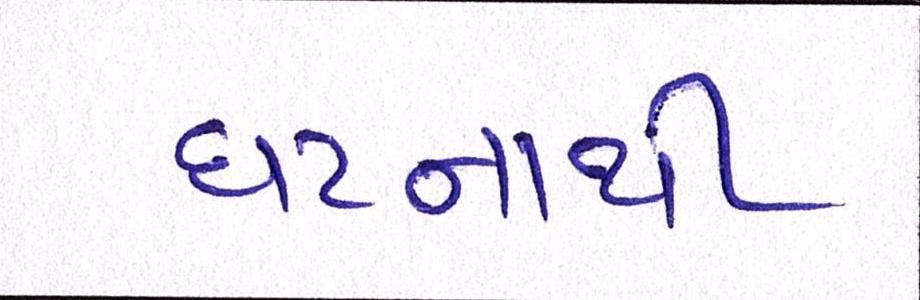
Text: ઘટનાથી